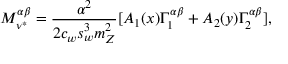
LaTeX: { \cal M } _ { \nu ^ { * } } ^ { \alpha \beta } = \frac { \alpha ^ { 2 } } { 2 c _ { w } s _ { w } ^ { 3 } m _ { Z } ^ { 2 } } [ A _ { 1 } ( x ) \Gamma _ { 1 } ^ { \alpha \beta } + A _ { 2 } ( y ) \Gamma _ { 2 } ^ { \alpha \beta } ] ,